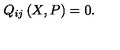
Q _ { i j } \left( X , P \right) = 0 .